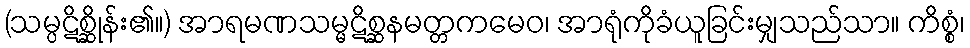
(သမ္ပဋိစ္ဆိုန်း၏။) အာရမဏသမ္မဋိစ္ဆနမတ္တကမေဝ၊ အာရုံကိုခံယူခြင်းမျှသည်သာ။ ကိစ္စံ၊